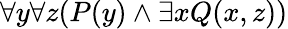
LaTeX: \forall y\forall z(P(y)\land\exists xQ(x,z))